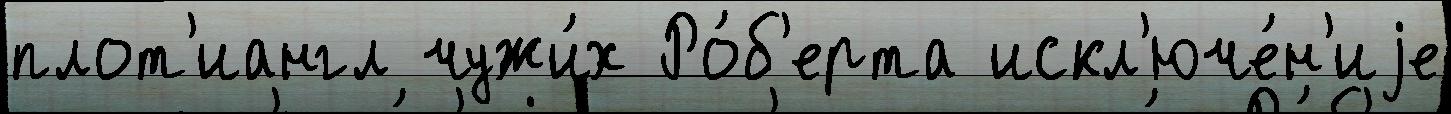
плот'иангл чужи́х Ро́б'ерта искл'юче́н'иjе